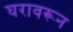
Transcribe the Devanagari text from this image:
घरावरून